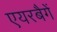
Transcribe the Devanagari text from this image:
एयरबैगें